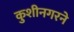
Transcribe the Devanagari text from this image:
कुशीनगरने